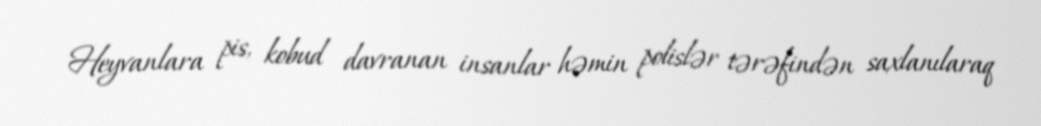
Heyvanlara pis, kobud davranan insanlar həmin polislər tərəfindən saxlanılaraq